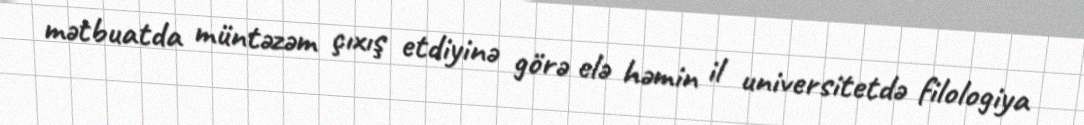
mətbuatda müntəzəm çıxış etdiyinə görə elə həmin il universitetdə filologiya